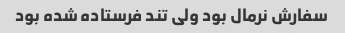
سفارش نرمال بود ولی تند فرستاده شده بود